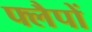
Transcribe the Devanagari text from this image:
फ्लैपों